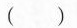
()